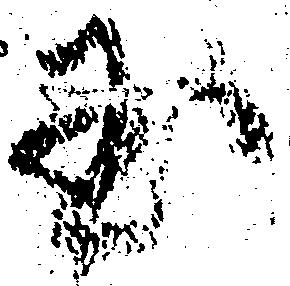
玉